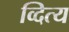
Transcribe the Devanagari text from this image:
व्दित्य